Annual report of the Punjab Veterinary College and of the Civil Veterinary Department, Punjab - 1926-1932
Year: 1926
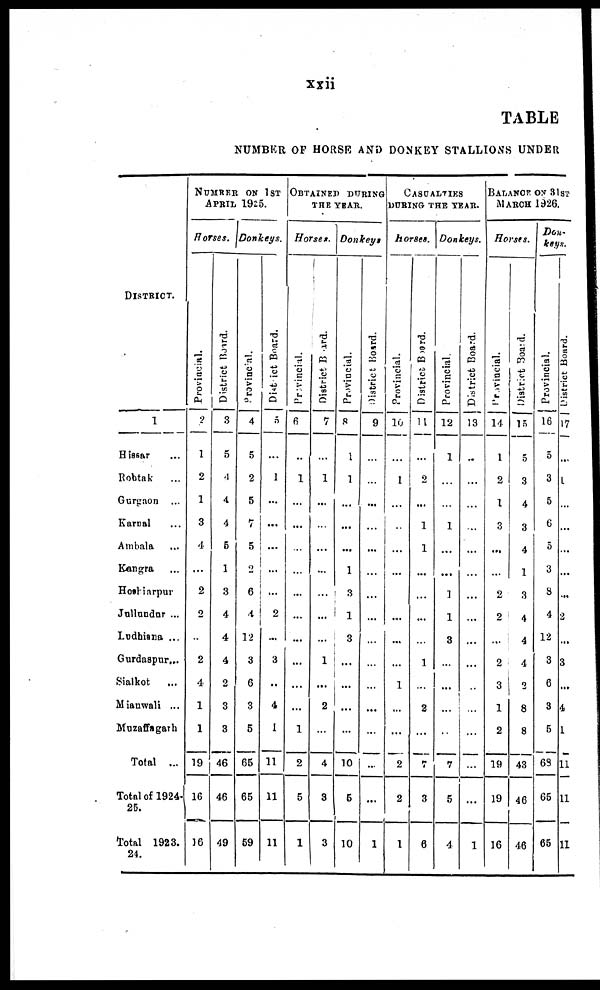
xxii
TABLE
NUMBER OF HORSE AND DONKEY STALLIONS UNDER
District.
1
Hissar ...
Robtak ...
Gurgaon ...
Karnal ...
Ambala ...
Kangra ...
Hoshiarpur
Jullundur ...
Ludhiana ...
Gurdaspur...
Sialkot ...
Mianwali ...
Muzaffagarh
Total ...
Total of 1924-
26.
Total 1923.
24.
NUMBER OF 1ST
APRIL 1925.
Horses.
Provincial.
2
1
2
1
3
4
...
2
2
2
4
1
1
19
16
16
Di st r i
ct Board.
3
5
4
4
4
5
1
3
4
4
4
2
3
3
46
46
49
Donkeys.
Pr ovi nci al .
4
5
2
5
...
5
2
6
4
12
3
6
3
5
65
65
59
Di st r i ct Boar d.
5
...
1
...
...
...
...
...
2
...
3
...
4
I
11
11
11
OBTAINED DURING
THE YEAR.
Horses.
Pr ovi nci al .
6
...
1
...
...
...
...
...
...
...
...
...
...
1
2
5
1
Di st r i
ct Boar d.
7
...
1
...
...
...
...
...
...
...
1
...
2
4
3
3
Donkeys
Pr ovi nci al .
8
1
1
...
...
...
1
3
1
3
...
...
...
...
10
5
10
Di st ri ct Board.
9
...
...
...
...
...
...
...
...
...
...
...
...
...
...
...
1
CASULTIES
DURING THE YEAR.
Horses.
Pr ovi nci al .
10
...
1
...
...
...
...
...
...
...
...
1
...
...
2
2
1
Di st r i ct Boar d.
11
...
2
...
1
1
...
...
...
...
1
...
2
...
7
3
6
Donkeys.
Pr ovi nci al .
12
1
...
...
1
...
...
1
1
3
...
...
...
...
7
5
4
Di st r i
ct Boar d.
13
...
...
...
...
......
...
...
...
...
...
...
...
...
...
...
1
BALANCE ON 31ST MA
Horses.
Provincial.
14
1
2
1
3
...
...
2
2
...
2
3
1
2
19
19
16
District Board.
15
5
3
4
3
4
1
3
4
4
4
2
8
8
43
46
46
Donkeys.
Pr ovi nci al .
16
5
3
5
6
5
3
8
4
12
3
6
3
5
63
65
65
Di st r i
ct Boar d.
17
...
1
...
...
...
...
...
2
...
3
...
4
1
11
11
11